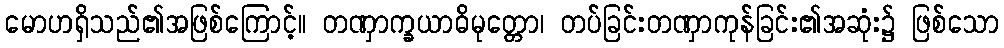
မောဟရှိသည်၏အဖြစ်ကြောင့်။ တဏှာက္ခယာဓိမုတ္တော၊ တပ်ခြင်းတဏှာကုန်ခြင်း၏အဆုံး၌ ဖြစ်သော